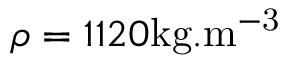
\rho = 1 1 2 0 \mathrm { { k g } . \mathrm { { m } ^ { - 3 } } }